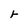
Character: r